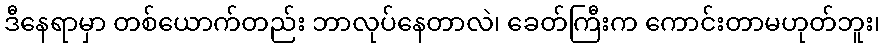
ဒီနေရာမှာ တစ်ယောက်တည်း ဘာလုပ်နေတာလဲ၊ ခေတ်ကြီးက ကောင်းတာမဟုတ်ဘူး၊